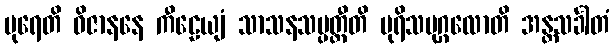
ပုရေတိ ဝိဇာနနေ ကီဠေယျံ သာသနသမ္ပတ္တီတိ ပုရိသပုဂ္ဂလောတိ အန္တသင်္ခါတံ